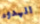
الهدوء